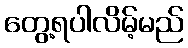
တွေ့ရပါလိမ့်မည်